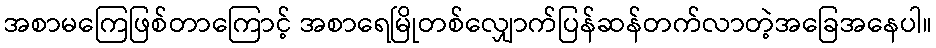
အစာမကြေဖြစ်တာကြောင့် အစာရေမြိုတစ်လျှောက်ပြန်ဆန်တက်လာတဲ့အခြေအနေပါ။